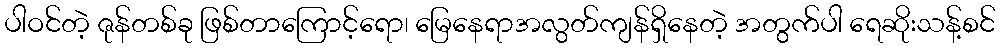
ပါဝင်တဲ့ ဇုန်တစ်ခု ဖြစ်တာကြောင့်ရော၊ မြေနေရာအလွတ်ကျန်ရှိနေတဲ့ အတွက်ပါ ရေဆိုးသန့်စင်